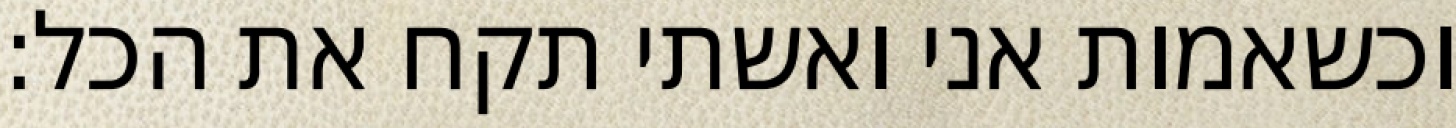
וכשאמות אני ואשתי תקח את הכל: